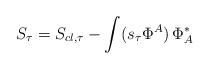
LaTeX: \begin{align*}S_\tau=S_{cl,\tau}-\int (s_\tau\Phi^A)\, \Phi^*_A\end{align*}